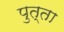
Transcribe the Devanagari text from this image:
पुत्ता